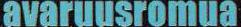
avaruusromua